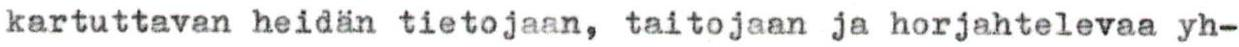
kartuttavan heidän tietojaan, taitojaan ja horjahtelevaa yh-